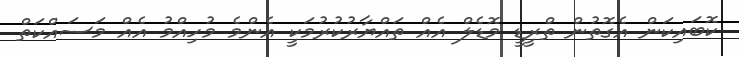
ކޮބައިކަން އެގޮތުން ތްރީޑީ މޮޑެލް އެއް ތައްޔާރުކުރުމަކީ އެންމެ މުހިއްމު އެއް މަސައްކަތް